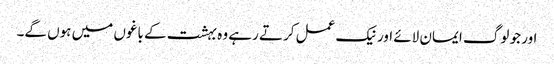
اور جو لوگ ایمان لائے اور نیک عمل کرتے رہے وہ بہشت کے باغوں میں ہوں گے۔